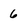
Character: 6